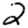
Digit: 2